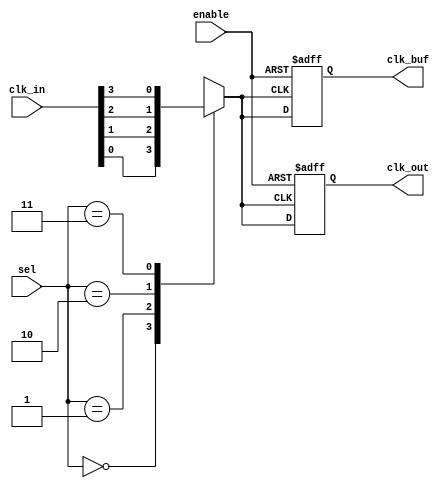
module clock_mux_buffer #(
    parameter n = 4, // Number of clock inputs
    parameter m = 2  // Number of select lines (log2(n) should be <= m)
)(
    input  wire [n-1:0] clk_in,   // Clock inputs
    input  wire [m-1:0] sel,      // Select lines
    input  wire enable,            // Enable signal
    output reg  clk_out,           // Selected clock output
    output reg  clk_buf            // Buffered clock output
);

    // Internal signal to hold the selected clock
    reg selected_clk;

    // Combinational logic to select the clock input based on the select lines
    always @(*) begin
        case (sel)
            2'b00: selected_clk = clk_in[0];
            2'b01: selected_clk = clk_in[1];
            2'b10: selected_clk = clk_in[2];
            2'b11: selected_clk = clk_in[3];
            default: selected_clk = 1'b0; // Default case
        endcase
    end

    // Output logic
    always @(posedge selected_clk or negedge enable) begin
        if (!enable) begin
            clk_out <= 1'b0;   // Hold low when disabled
            clk_buf <= 1'b0;   // Hold low when disabled
        end else begin
            clk_out <= selected_clk; // Route the selected clock
            clk_buf <= selected_clk;  // Buffered output
        end
    end

endmodule